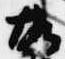
故